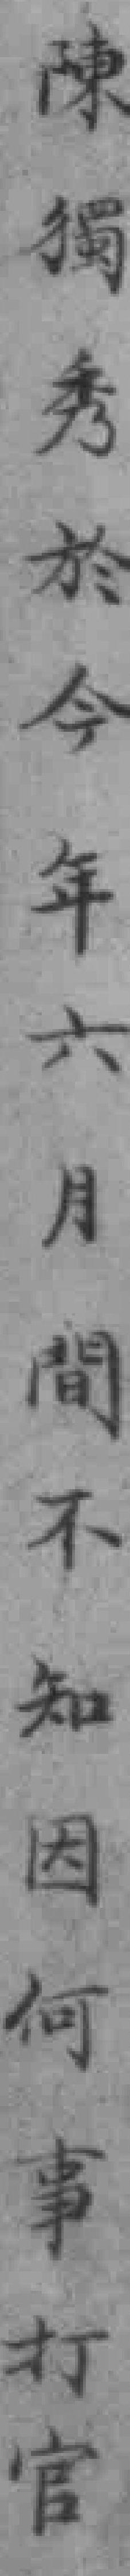
陳獨秀於今年六月間不知因何事打官